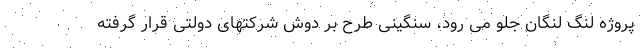
پروژه لنگ لنگان جلو می رود، سنگینی طرح بر دوش شرکتهای دولتی قرار گرفته